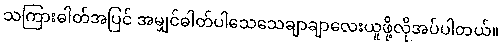
သကြားဓါတ်အပြင် အမျှင်ဓါတ်ပါသေသေချာချာလေးယူဖို့လိုအပ်ပါတယ်။